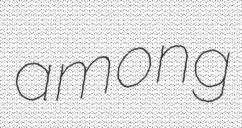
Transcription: among